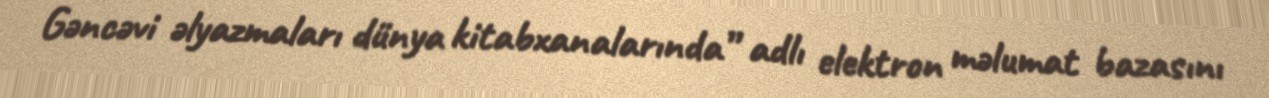
Gəncəvi əlyazmaları dünya kitabxanalarında” adlı elektron məlumat bazasını